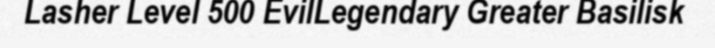
Lasher Level 500 EvilLegendary Greater Basilisk